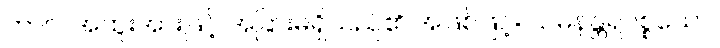
ကာလအထူးအားဖြင့် အခြားမရှိသည်၏ အဖြစ်ဖြင့်။ သမနန္တရပစ္စယော၊